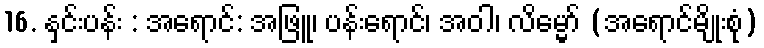
16. နှင်းပန်း : အရောင်: အဖြူ၊ ပန်းရောင်၊ အဝါ၊ လိမ္မော် (အရောင်မျိုးစုံ)